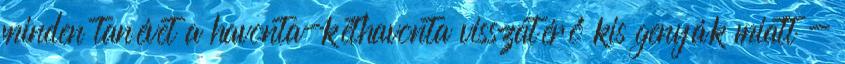
minden tanévet a havonta-kéthavonta visszatérő kis genyák miatt -